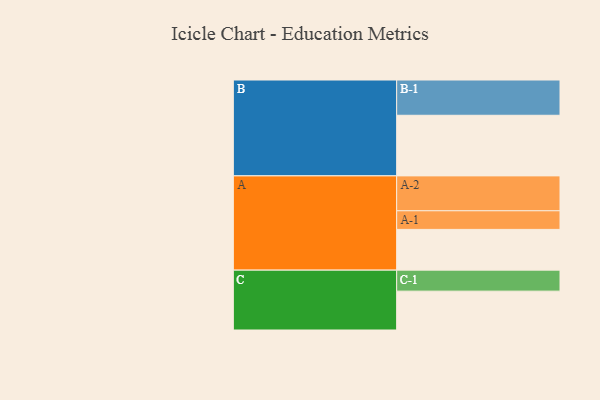
{"axis": {"x": "Segment", "y": "Value"}, "legend": ["", "A", "B", "C"], "data": [{"x": "A", "y": 328, "type": ""}, {"x": "B", "y": 488, "type": ""}, {"x": "C", "y": 313, "type": ""}, {"x": "A-1", "y": 150, "type": "A"}, {"x": "A-2", "y": 281, "type": "A"}, {"x": "B-1", "y": 284, "type": "B"}, {"x": "C-1", "y": 169, "type": "C"}]}